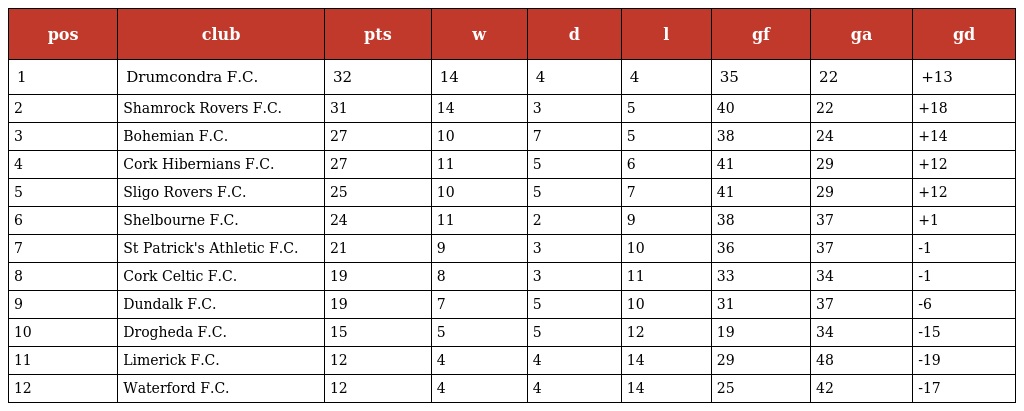
| pos | club | pts | w | d | l | gf | ga | gd |
 | --- | --- | --- | --- | --- | --- | --- | --- | --- |
 | 1 | Drumcondra F.C. | 32 | 14 | 4 | 4 | 35 | 22 | +13 |
 | 2 | Shamrock Rovers F.C. | 31 | 14 | 3 | 5 | 40 | 22 | +18 |
 | 3 | Bohemian F.C. | 27 | 10 | 7 | 5 | 38 | 24 | +14 |
 | 4 | Cork Hibernians F.C. | 27 | 11 | 5 | 6 | 41 | 29 | +12 |
 | 5 | Sligo Rovers F.C. | 25 | 10 | 5 | 7 | 41 | 29 | +12 |
 | 6 | Shelbourne F.C. | 24 | 11 | 2 | 9 | 38 | 37 | +1 |
 | 7 | St Patrick's Athletic F.C. | 21 | 9 | 3 | 10 | 36 | 37 | -1 |
 | 8 | Cork Celtic F.C. | 19 | 8 | 3 | 11 | 33 | 34 | -1 |
 | 9 | Dundalk F.C. | 19 | 7 | 5 | 10 | 31 | 37 | -6 |
 | 10 | Drogheda F.C. | 15 | 5 | 5 | 12 | 19 | 34 | -15 |
 | 11 | Limerick F.C. | 12 | 4 | 4 | 14 | 29 | 48 | -19 |
 | 12 | Waterford F.C. | 12 | 4 | 4 | 14 | 25 | 42 | -17 |